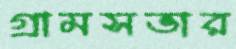
গ্রামসভার